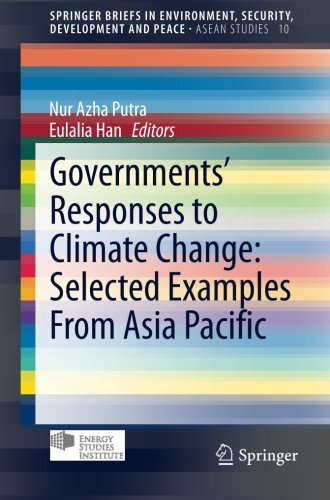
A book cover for Governments' Responses to Climate Change: Selected Examples From Asia Pacific (SpringerBriefs in Environment, Security, Development and Peace); Business & Money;